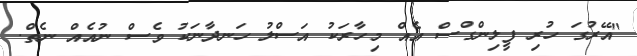
"އޭރުގަ ހުރި ފީލިންގްސް އެއް މިހާރަކު އަސްލު ހަނދާނަކު ވެސް ނުއެއް ނެތް.